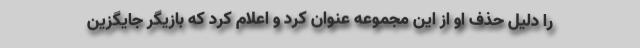
را دلیل حذف او از این مجموعه عنوان کرد و اعلام کرد که بازیگر جایگزین